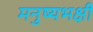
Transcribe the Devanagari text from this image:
मनुष्यभक्षी